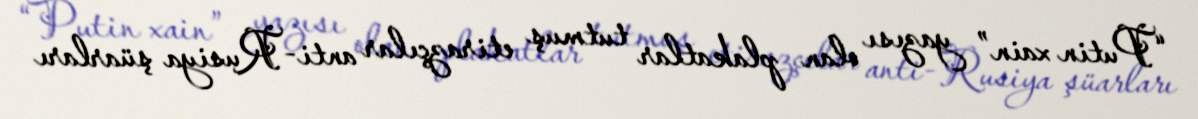
“Putin xain” yazısı olan plakatlar tutmuş etirazçılar anti-Rusiya şüarları